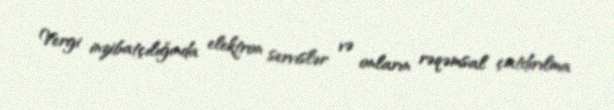
Vergi inzibatçılığında elektron servislər və onların rəqəmsal çatdırılma